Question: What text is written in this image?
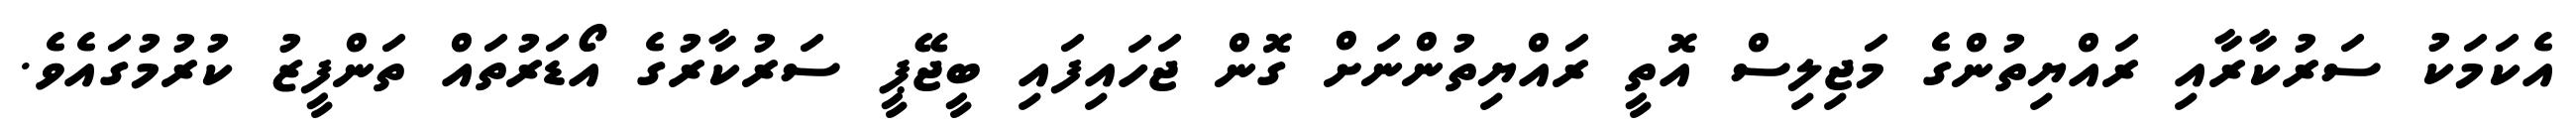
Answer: އެކަމަކު ސަރުކާރާއި ރައްޔިތުންގެ މަޖިލިސް އޮތީ ރައްޔިތުންނަށް ގޮން ޖަހައިފައި ބީޖޭޕީ ސަރުކާރުގެ އޯޑަރުތައް ތަންފީޒު ކުރުމުގައެވެ.